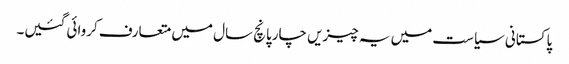
پاکستانی سیاست میں یہ چیزیں چارپانچ سال میں متعارف کروائی گئیں۔